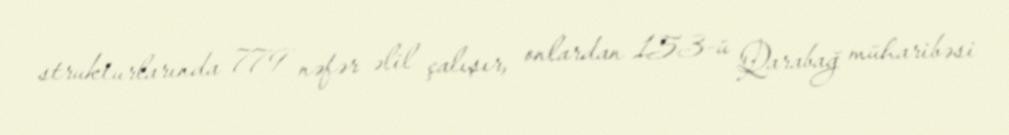
strukturlarında 779 nəfər əlil çalışır, onlardan 153-ü Qarabağ müharibəsi